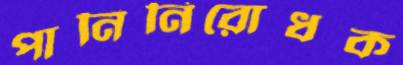
পানিনিরোধক